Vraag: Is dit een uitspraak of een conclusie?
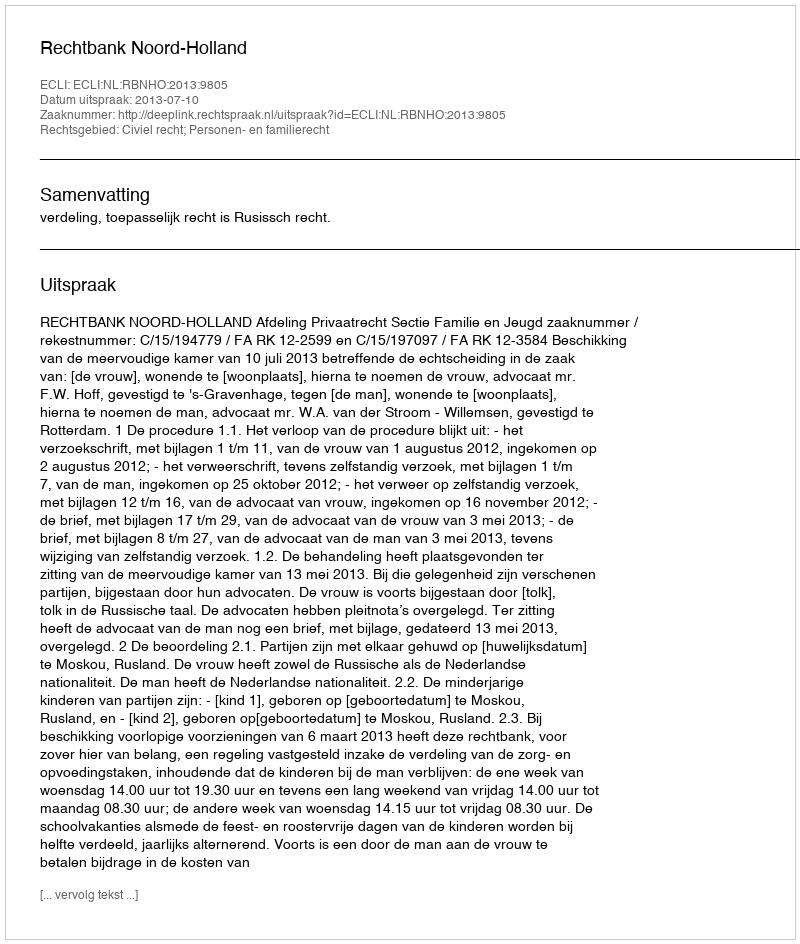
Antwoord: Uitspraak